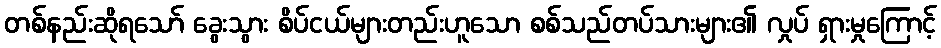
တစ်နည်းဆိုရသော် ခွေးသွား စိပ်ငယ်များတည်းဟူသော စစ်သည်တပ်သားများ၏ လှုပ် ရှားမှုကြောင့်